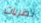
نظريات